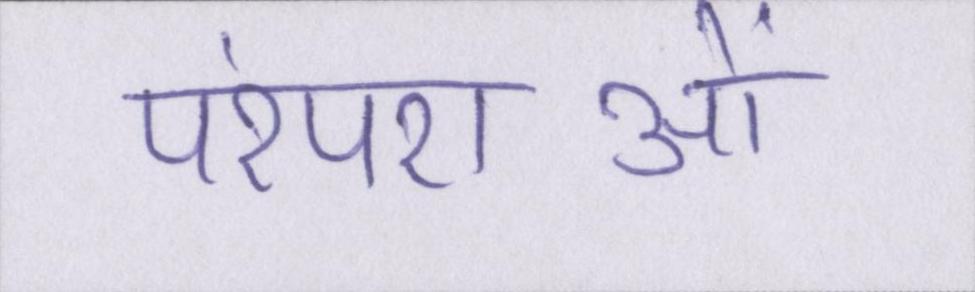
परंपराओं